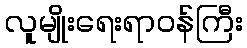
လူမျိုးရေးရာဝန်ကြီး